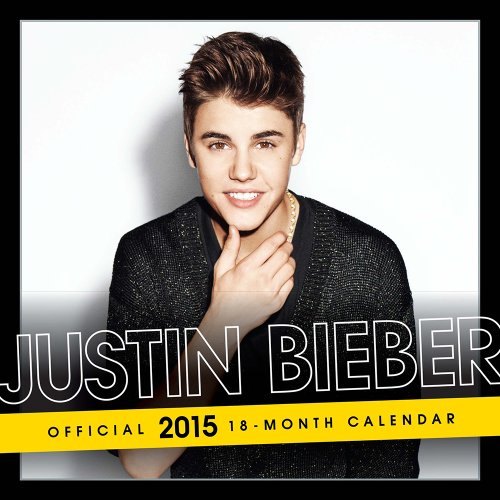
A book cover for Justin Bieber 2015 Mini 7x7 Bravado; BrownTrout; Calendars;